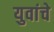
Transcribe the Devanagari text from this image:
युवांचे